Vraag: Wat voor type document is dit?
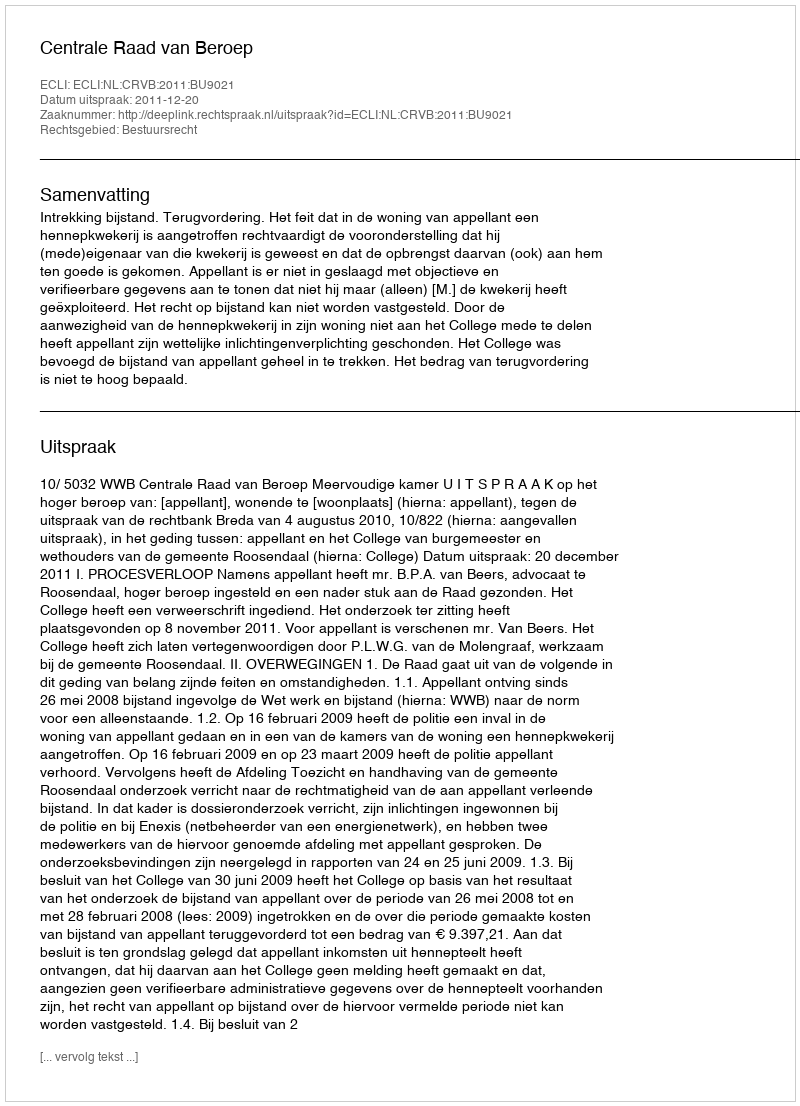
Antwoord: Uitspraak